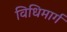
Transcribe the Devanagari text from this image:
विधिमार्ग